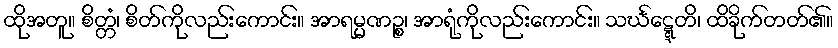
ထိုအတူ။ စိတ္တံ၊ စိတ်ကိုလည်းကောင်း။ အာရမ္မဏဉ္စ၊ အာရုံကိုလည်းကောင်း။ သင်္ဃဋ္ဋေတိ၊ ထိခိုက်တတ်၏။